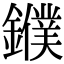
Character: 𨮓